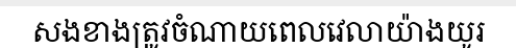
សងខាងត្រូវចំណាយពេលវេលាយ៉ាងយូរ